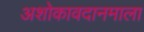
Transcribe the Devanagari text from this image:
अशोकावदानमाला